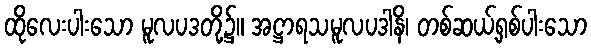
ထိုလေးပါးသော မူလပဒတို့၌။ အဋ္ဌာရသမူလပဒါနိ၊ တစ်ဆယ့်ရှစ်ပါးသော